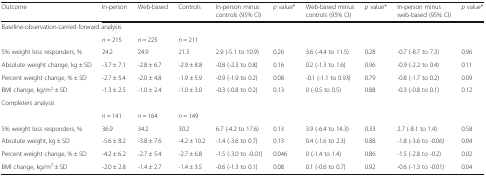
<table><thead><tr><td><b>Outcome</b></td><td><b>In-person</b></td><td><b>Web-based</b></td><td><b>Controls</b></td><td><b>In-person minus controls (95% CI)</b></td><td><b><i>p</i> value*</b></td><td><b>Web-based minus controls (95% CI)</b></td><td><b><i>p</i> value*</b></td><td><b>In-person minus web-based (95% CI)</b></td><td><b><i>p</i> value*</b></td></tr></thead><tbody><tr><td colspan="10">Baseline-observation-carried-forward analysis</td></tr><tr><td></td><td><i>n</i> = 215</td><td><i>n</i> = 225</td><td><i>n</i> = 211</td><td></td><td></td><td></td><td></td><td></td><td></td></tr><tr><td>5% weight loss responders, %</td><td>24.2</td><td>24.9</td><td>21.3</td><td>2.9 (-5.1 to 10.9)</td><td>0.26</td><td>3.6 (-4.4 to 11.5)</td><td>0.28</td><td>-0.7 (-8.7 to 7.3)</td><td>0.96</td></tr><tr><td>Absolute weight change, kg ± SD</td><td>-3.7 ± 7.1</td><td>-2.8 ± 6.7</td><td>-2.9 ± 8.8</td><td>-0.8 (-2.3 to 0.8)</td><td>0.16</td><td>0.2 (-1.3 to 1.6)</td><td>0.96</td><td>-0.9 (-2.2 to 0.4)</td><td>0.11</td></tr><tr><td>Percent weight change, % ± SD</td><td>-2.7 ± 5.4</td><td>-2.0 ± 4.8</td><td>-1.9 ± 5.9</td><td>-0.9 (-1.9 to 0.2)</td><td>0.08</td><td>-0.1 (-1.1 to 0.93)</td><td>0.79</td><td>-0.8 (-1.7 to 0.2)</td><td>0.09</td></tr><tr><td>BMI change, kg/m<sup>2</sup> ± SD</td><td>-1.3 ± 2.5</td><td>-1.0 ± 2.4</td><td>-1.0 ± 3.0</td><td>-0.3 (-0.8 to 0.2)</td><td>0.13</td><td>0 (-0.5 to 0.5)</td><td>0.88</td><td>-0.3 (-0.8 to 0.1)</td><td>0.12</td></tr><tr><td colspan="10">Completers analysis</td></tr><tr><td></td><td><i>n</i> = 141</td><td><i>n</i> = 164</td><td><i>n</i> = 149</td><td></td><td></td><td></td><td></td><td></td><td></td></tr><tr><td>5% weight loss responders, %</td><td>36.9</td><td>34.2</td><td>30.2</td><td>6.7 (-4.2 to 17.6)</td><td>0.13</td><td>3.9 (-6.4 to 14.3)</td><td>0.33</td><td>2.7 (-8.1 to 1.4)</td><td>0.58</td></tr><tr><td>Absolute weight, kg ± SD</td><td>-5.6 ± 8.2</td><td>-3.8 ± 7.6</td><td>-4.2 ± 10.2</td><td>-1.4 (-3.6 to 0.7)</td><td>0.13</td><td>0.4 (-1.6 to 2.3)</td><td>0.88</td><td>-1.8 (-3.6 to -0.06)</td><td>0.04</td></tr><tr><td>Percent weight change, % ± SD</td><td>-4.2 ± 6.2</td><td>-2.7 ± 5.4</td><td>-2.7 ± 6.8</td><td>-1.5 (-3.0 to -0.01)</td><td>0.046</td><td>0 (-1.4 to 1.4)</td><td>0.86</td><td>-1.5 (-2.8 to -0.2)</td><td>0.02</td></tr><tr><td>BMI change, kg/m<sup>2</sup> ± SD</td><td>-2.0 ± 2.8</td><td>-1.4 ± 2.7</td><td>-1.4 ± 3.5</td><td>-0.6 (-1.3 to 0.1)</td><td>0.08</td><td>0.1 (-0.6 to 0.7)</td><td>0.92</td><td>-0.6 (-1.3 to -0.01)</td><td>0.04</td></tr></tbody></table>